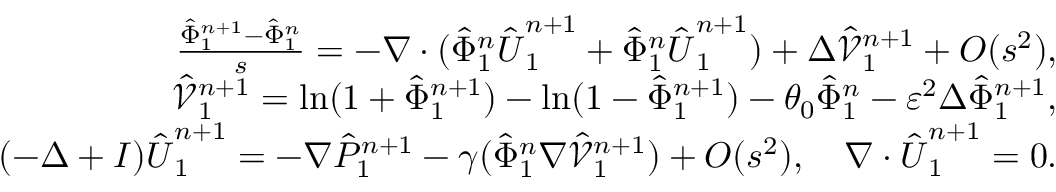
\begin{array} { r l r } & { } & { \frac { \hat { \Phi } _ { 1 } ^ { n + 1 } - \hat { \Phi } _ { 1 } ^ { n } } { s } = - \nabla \cdot ( \hat { \Phi } _ { 1 } ^ { n } \hat { \boldsymbol { U } } _ { 1 } ^ { n + 1 } + \hat { \Phi } _ { 1 } ^ { n } \hat { \boldsymbol { U } } _ { 1 } ^ { n + 1 } ) + \Delta \hat { \mathcal { V } } _ { 1 } ^ { n + 1 } + O ( s ^ { 2 } ) , } \\ & { } & { \hat { \mathcal { V } } _ { 1 } ^ { n + 1 } = \ln ( 1 + \hat { \Phi } _ { 1 } ^ { n + 1 } ) - \ln ( 1 - \hat { \Phi } _ { 1 } ^ { n + 1 } ) - \theta _ { 0 } \hat { \Phi } _ { 1 } ^ { n } - \varepsilon ^ { 2 } \Delta \hat { \Phi } _ { 1 } ^ { n + 1 } , } \\ & { } & { ( - \Delta + I ) \hat { \boldsymbol { U } } _ { 1 } ^ { n + 1 } = - \nabla \hat { P } _ { 1 } ^ { n + 1 } - \gamma ( \hat { \Phi } _ { 1 } ^ { n } \nabla \hat { \mathcal { V } } _ { 1 } ^ { n + 1 } ) + O ( s ^ { 2 } ) , \quad \nabla \cdot \hat { \boldsymbol { U } } _ { 1 } ^ { n + 1 } = 0 . } \end{array}